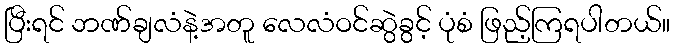
ပြီးရင် ဘဏ်ချလံနဲ့အတူ လေလံဝင်ဆွဲခွင့် ပုံစံ ဖြည့်ကြရပါတယ်။